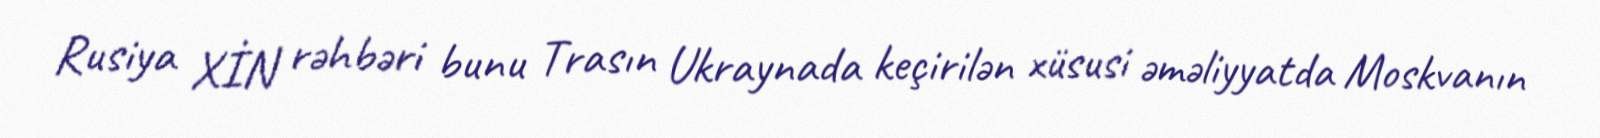
Rusiya XİN rəhbəri bunu Trasın Ukraynada keçirilən xüsusi əməliyyatda Moskvanın